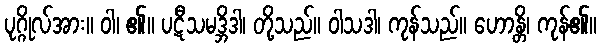
ပုဂ္ဂိုလ်အား။ ဝါ၊ ၏။ ပဋီသမဒ္ဘိဒါ၊ တို့သည်။ ဝါသဒါ၊ ကုန်သည်။ ဟောန္တိ၊ ကုန်၏။